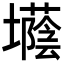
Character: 𡓅